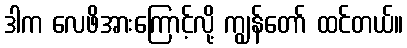
ဒါက လေဖိအားကြောင့်လို့ ကျွန်တော် ထင်တယ်။